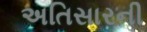
અતિસારની